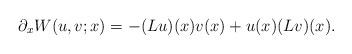
LaTeX: \begin{align*} \partial_x W(u,v;x)=-(Lu)(x) v(x)+u(x) (Lv)(x).\end{align*}